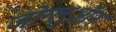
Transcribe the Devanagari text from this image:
जोग्लुऑन